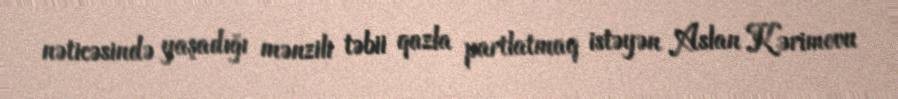
nəticəsində yaşadığı mənzili təbii qazla partlatmaq istəyən Aslan Kərimovu